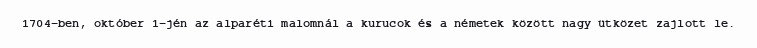
1704-ben, október 1-jén az alparéti malomnál a kurucok és a németek között nagy ütközet zajlott le.